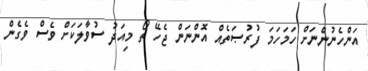
އަންހެނުންނަށް ހަމަހަމަ ފުރުޞަތެއް އޮންނަން ޖެހޭ ތޯ މިއަދު ސުވާލަކަށް ވެސް ވެގެން